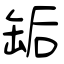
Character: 缿